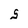
Character: s